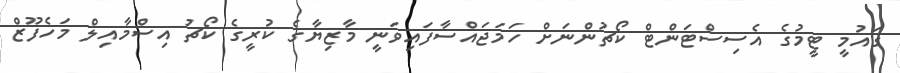
ގައުމީ ޓީމުގެ އެސިސްޓަންޓް ކޯޗުންނަށް ހަމަޖައްސާފައިވަނީ މާޒިޔާގެ ކުރީގެ ކޯޗު އިސްމާއިލް މަހެފޫޒް